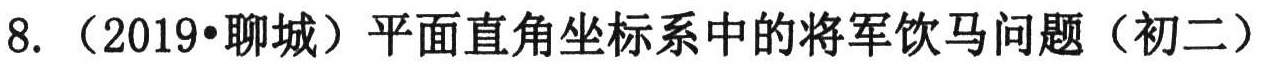
8. （2019•聊城）平面直角坐标系中的将军饮马问题（初二）